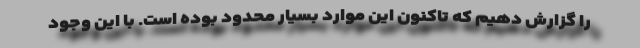
را گزارش دهیم که تاکنون این موارد بسیار محدود بوده است. با این وجود